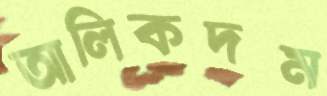
আলিকদম